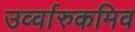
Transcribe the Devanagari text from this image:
उर्व्वारुकमिव